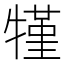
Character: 㹏